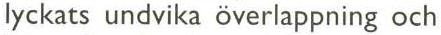
lyckats undvika överlappning och